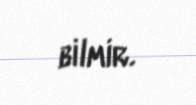
bilmir.